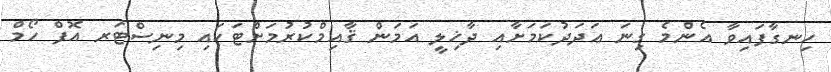
ހިނގާފައިވާ އެންމެ ގިނަ ޢަދަދުކަމަށާއި ދާޚިލީ އަމަން ޤާއިމްކުރުމަށްޓަކައި މިނިސްޓަރ އޮފް ހޯމް